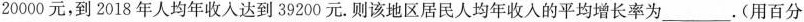
20000元，到2018年人均年收入达到39200元。则该地区居民人均年收入的平均增长率为___.(用百分